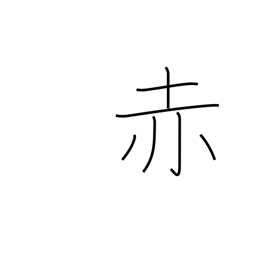
Meaning: red